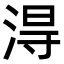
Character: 淂